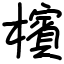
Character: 檳